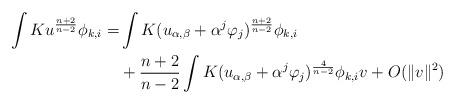
LaTeX: \begin{align*}\int Ku^{\frac{n+2}{n-2}}\phi_{k,i}= &\int K (u_{\alpha, \beta}+\alpha^{j}\varphi_{j})^{\frac{n+2}{n-2}}\phi_{k,i} \\& +\frac{n+2}{n-2}\int K(u_{\alpha, \beta}+\alpha^{j}\varphi_{j})^{\frac{4}{n-2}}\phi_{k,i}v +O(\Vert v \Vert^{2})\end{align*}